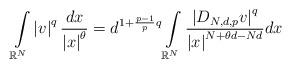
LaTeX: \begin{align*}\int\limits_{\mathbb{R}^{N}}\left\vert v\right\vert ^{q}\frac{dx}{\left\vert x\right\vert ^{\theta}}=d^{1+\frac{p-1}{p}q}\int\limits_{\mathbb{R}^{N}}\frac{\left\vert D_{N,d,p}v\right\vert ^{q}}{\left\vert x\right\vert^{N+\theta d-Nd}}dx\end{align*}